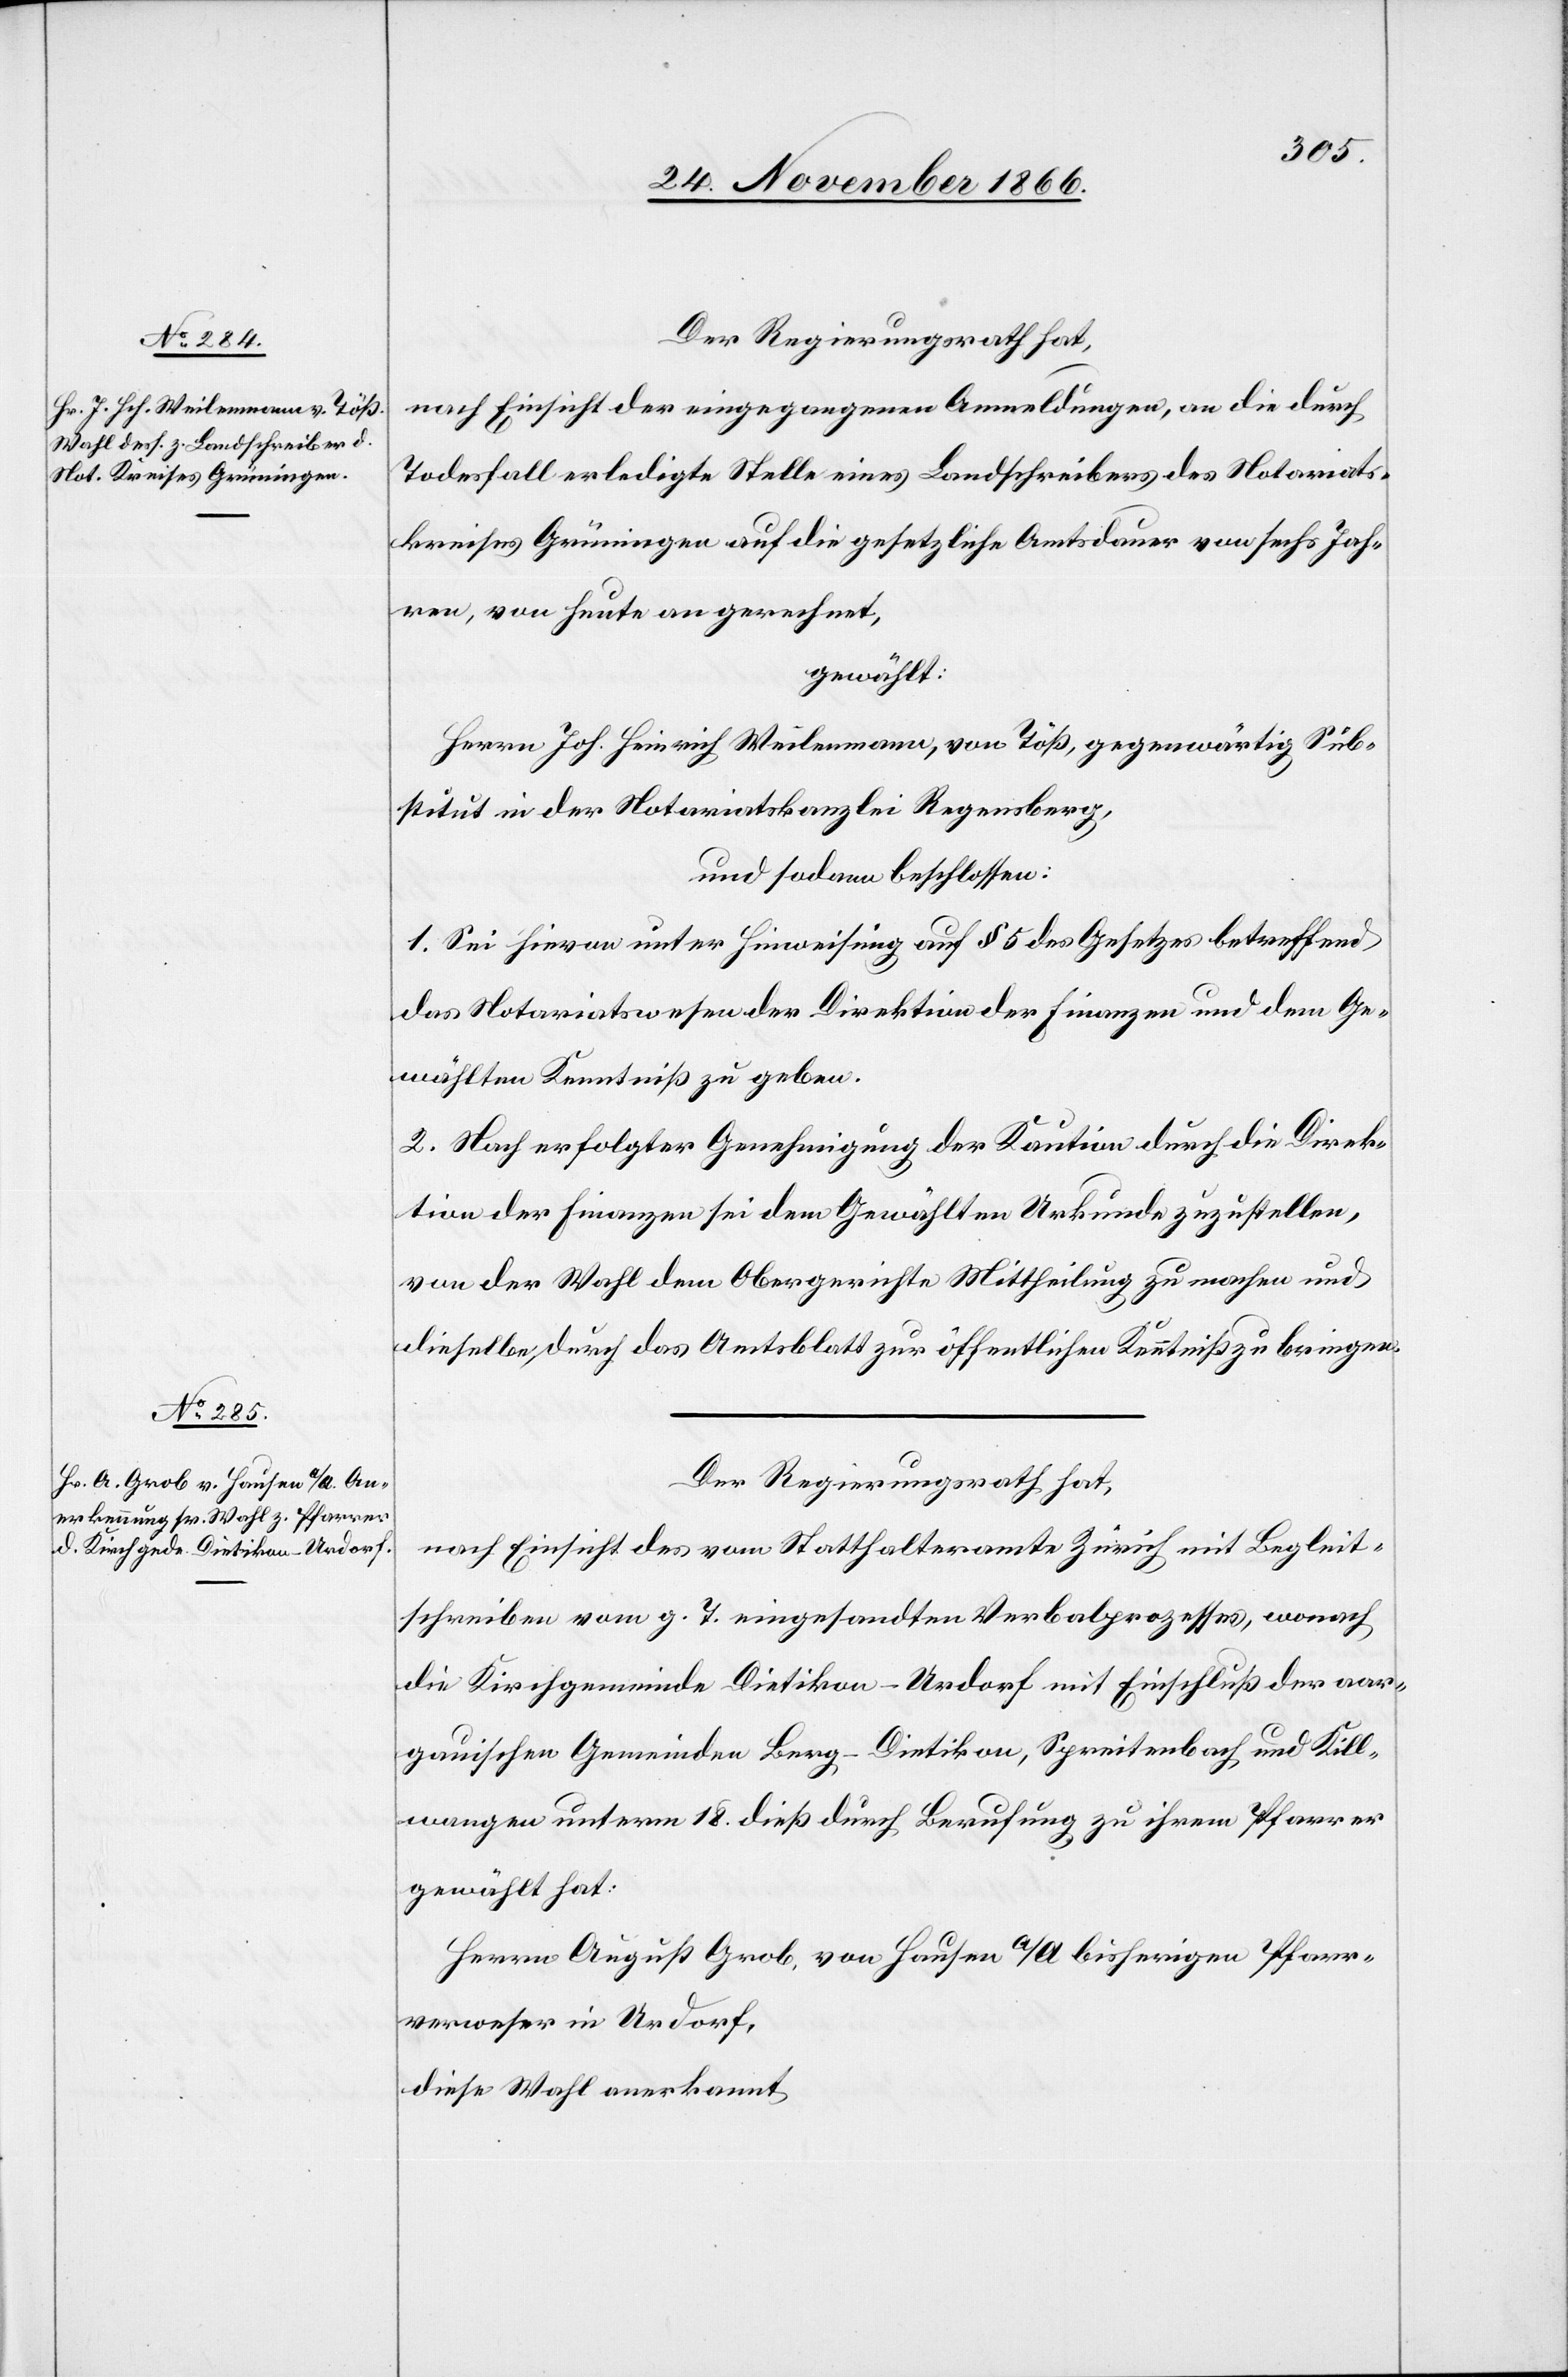
Der Regierungsrath hat,
nach Einsicht der eingegangenen Anmeldungen, an die durch
Todesfall erledigte Stelle eines Landschreibers des Notariats¬
kreises Grüningen auf die gesetzliche Amtsdauer von sechs Jah¬
ren, von heute an gerechnet,
gewählt:
Herrn Joh. Heinrich Weilenmann, von Töß, gegenwärtig Sub¬
stitut in der Notariatskanzlei Regensberg,
und sodann beschlossen:
1. Sei hievon unter Hinweisung auf § 5 des Gesetzes betreffend
das Notariatswesen der Direktion der Finanzen und dem Ge¬
wählten Kenntniß zu geben.
2. Nach erfolgter Genehmigung der Kaution durch die Direk¬
tion der Finanzen sei dem Gewählten Urkunde zuzustellen,
von der Wahl dem Obergerichte Mittheilung zu machen und
dieselbe durch das Amtsblatt zur öffentlichen Kenntniß zu bringen.
Der Regierungsrath hat,
nach Einsicht des vom Statthalteramte Zürich mit Begleit¬
schreiben vom g. T. eingesandten Verbalprozesses, wonach
die Kirchgemeinde Dietikon-Urdorf mit Einschluß der aar¬
gauischen Gemeinden Berg-Dietikon, Spreitenbach und Kill¬
wangen unterm 18. dieß durch Berufung zu ihrem Pfarrer
gewählt hat:
Herrn August Grob, von Hausen a/A bisherigen Pfarr¬
verweser in Urdorf,
diese Wahl anerkannt